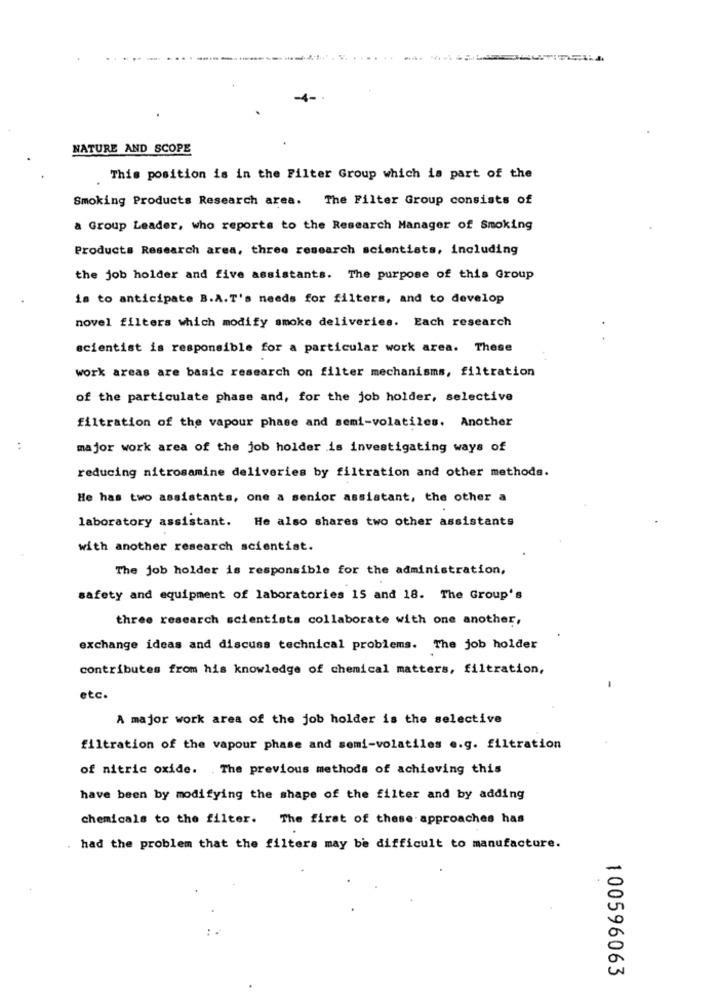
NATURE AND SCOPE
This position is in the Filter Group which is part of the
Smoking Products Research area. The Filter Group consists of
a Group Leader, who reports to the Research Manager of Smoking
Products Research area, three research scientists, including
the job holder and five assistants. The purpose of this Group
is to anticipate B.A.T's needs for filters, and to develop
novel filters which modify smoke deliveries. Each research
scientist is responsible for a particular work area. These
work areas are basic research on filter mechanisms, filtration
of the particulate phase and, for the job holder, selective
filtration of the vapour phase and semi-volatiles. Another
:
major work area of the job holder is investigating ways of
reducing nitrosamine deliveries by filtration and other methods.
He has two assistants, one a senior assistant, the other a
laboratory assistant. He also shares two other assistants
with another research scientist.
The job holder is responsible for the administration,
safety and equipment of laboratories 15 and 18. The Group's
three research scientists collaborate with one another,
exchange ideas and discuss technical problems. The job holder
contributes from his knowledge of chemical matters, filtration,
etc.
A major work area of the job holder is the selective
filtration of the vapour phase and semi-volatiles e.g. filtration
of nitric oxide. The previous methods of achieving this
have been by modifying the shape of the filter and by adding
chemicals to the filter. The first of these approaches has
had the problem that the filters may be difficult to manufacture.
100596063